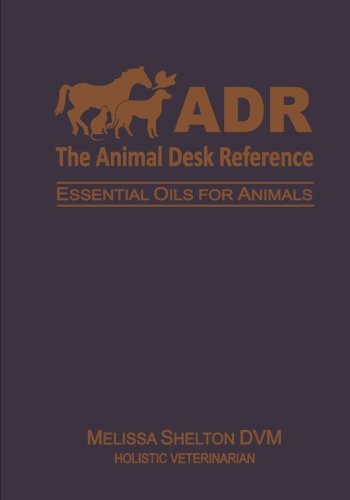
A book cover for The Animal Desk Reference: Essential Oils for Animals; Melissa Shelton DVM; Crafts, Hobbies & Home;